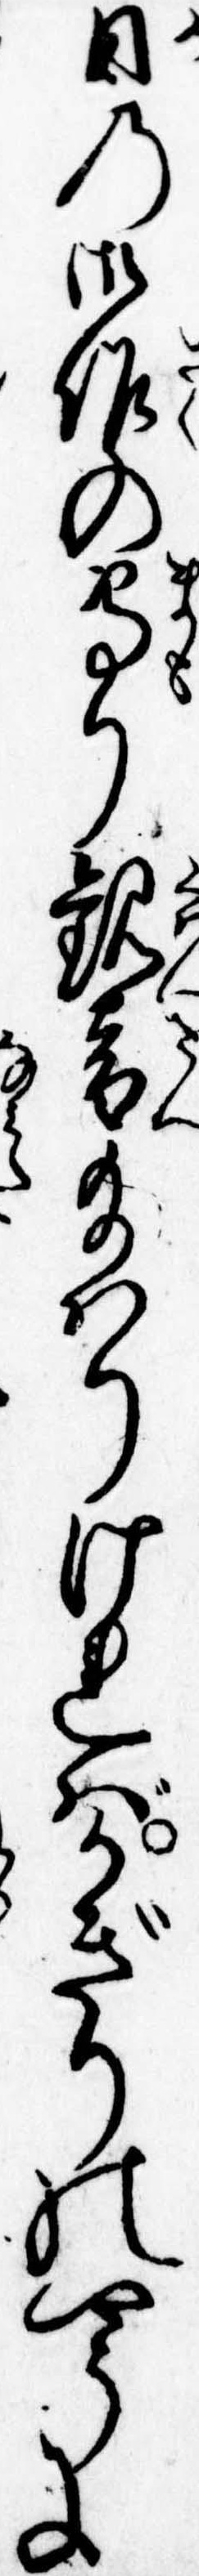
日の御作の守り観音給はりければかぎりのやうに